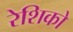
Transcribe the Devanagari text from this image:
रेशिको